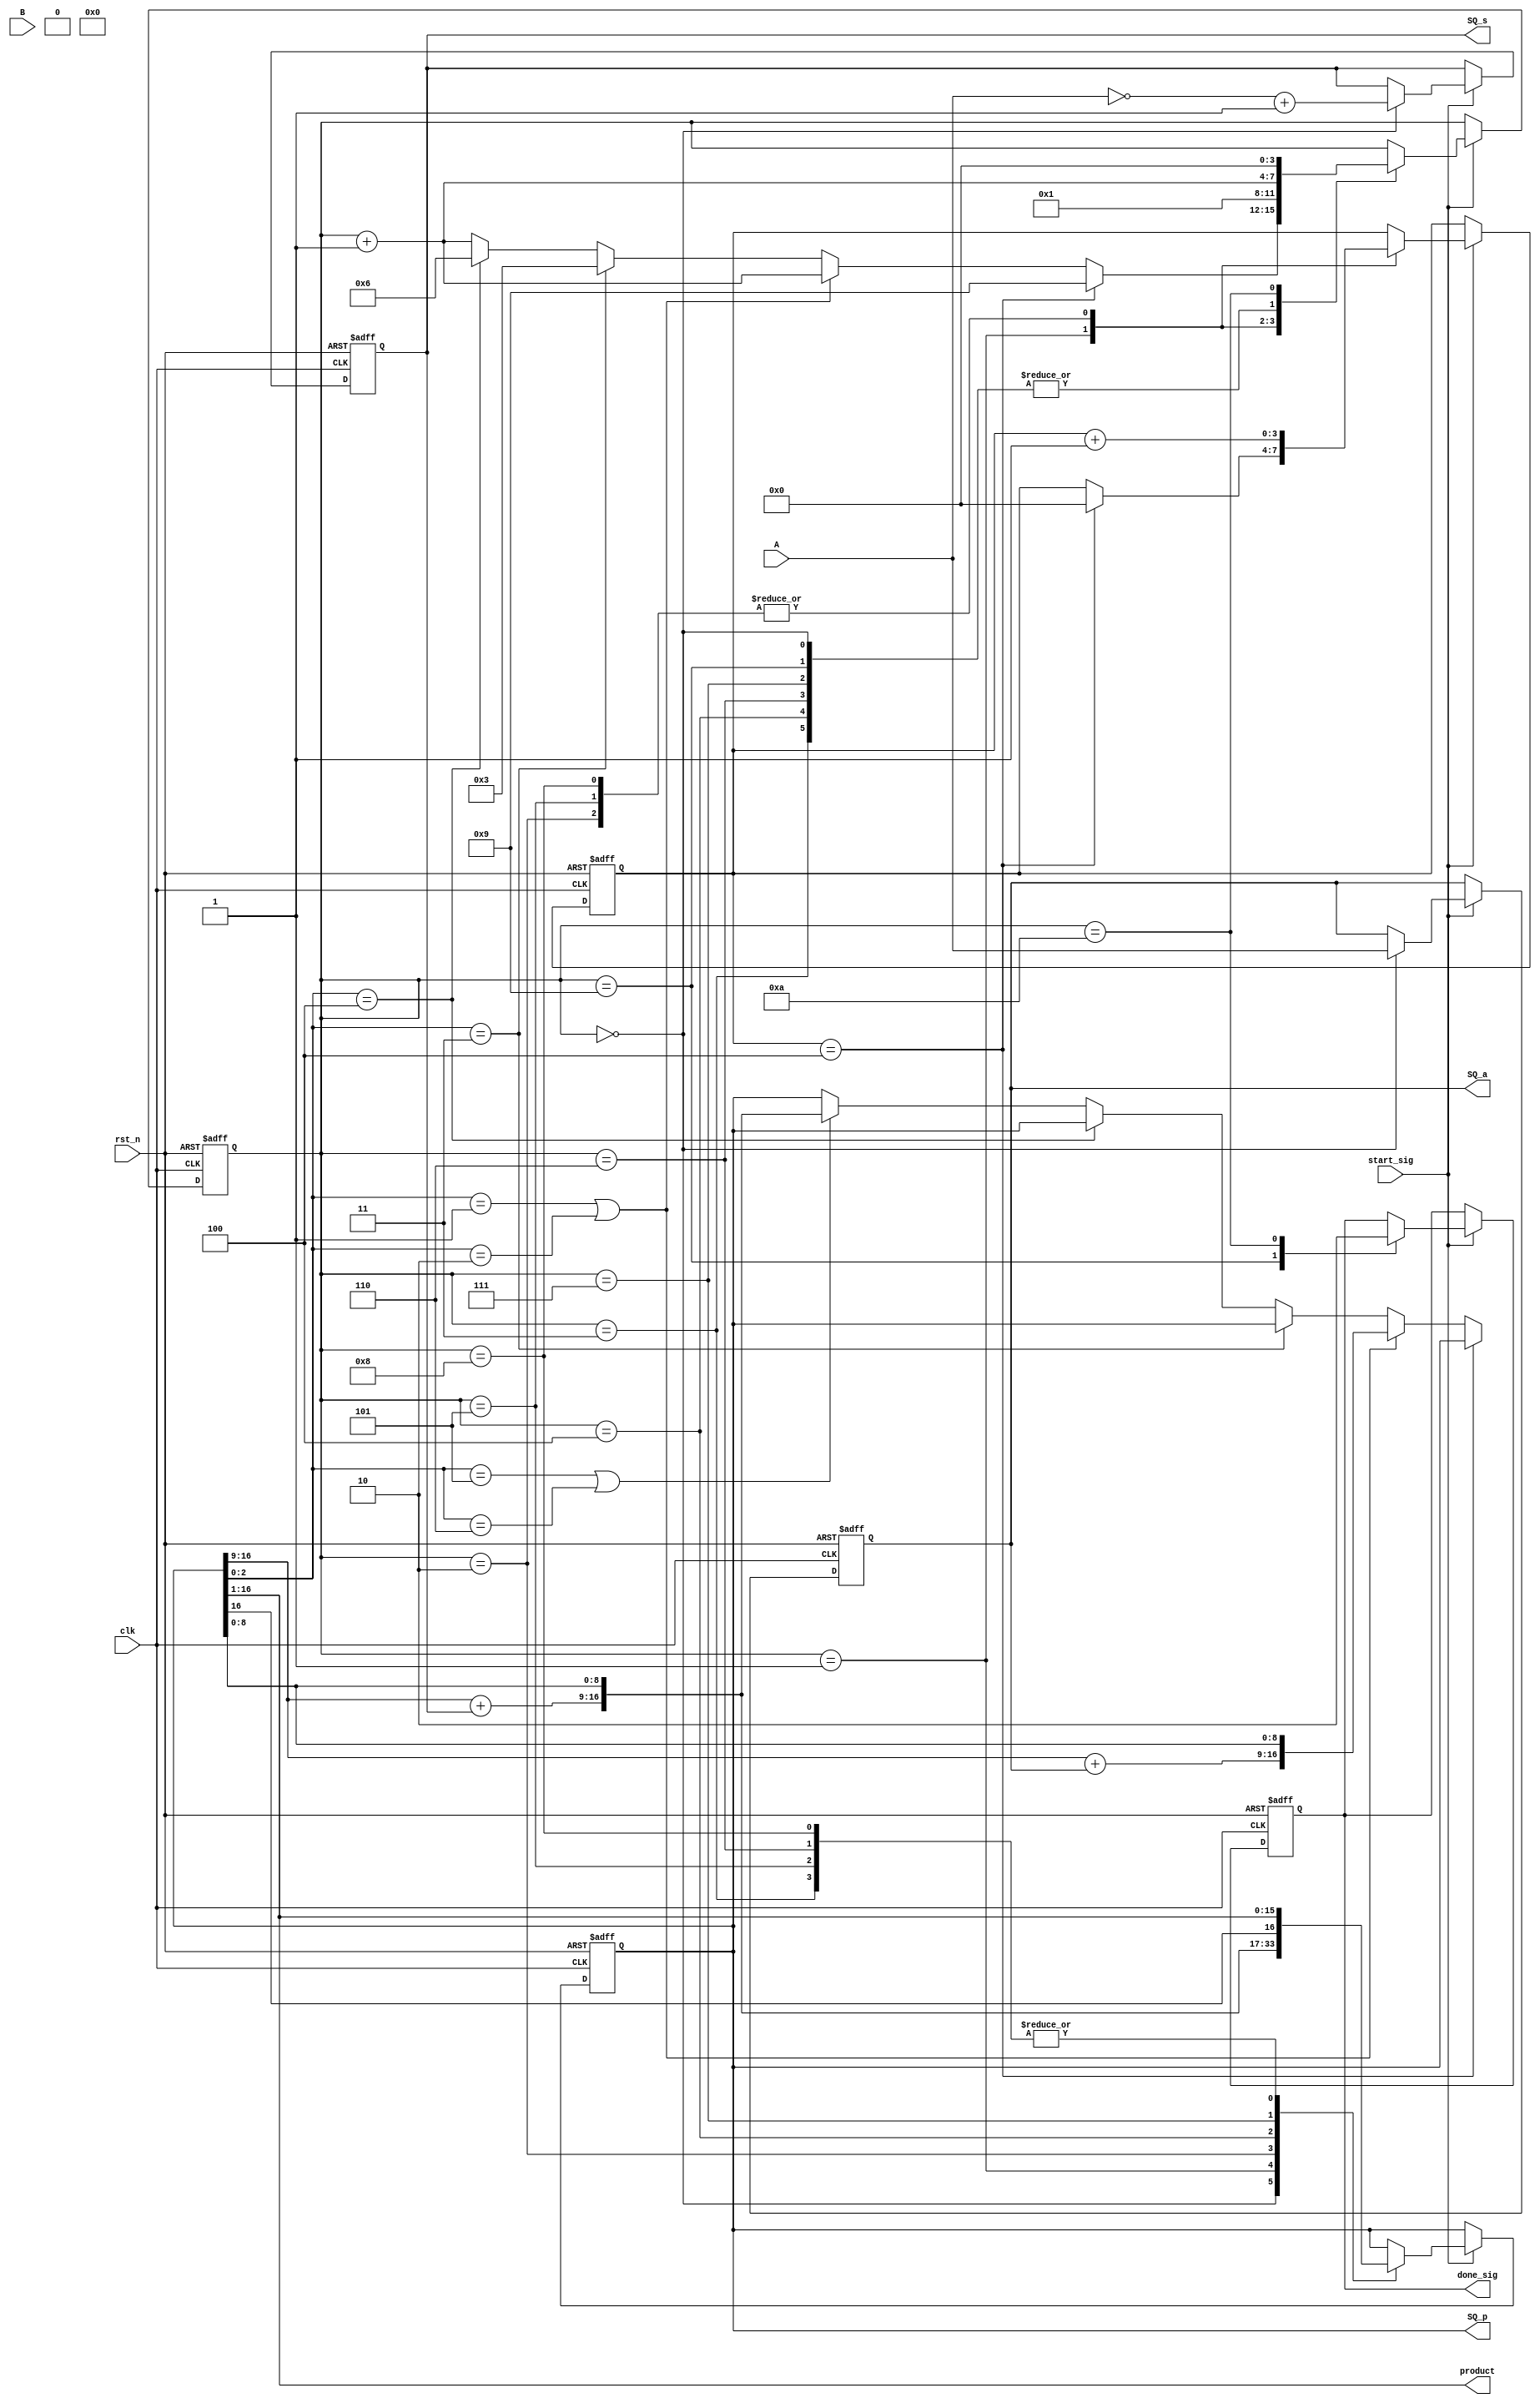


module modified_booth_module(
    clk,
    rst_n,
    
    start_sig,
    A,
    B,
    
    done_sig,
    product,
    
    SQ_a,
    SQ_s,
    SQ_p
    );
    
    input clk;
    input rst_n;
    
    input start_sig;
    input [7:0]A;
    input [7:0]B;
    
    output done_sig;
    output [15:0]product;
    
    //
    output [7:0]SQ_a;
    output [7:0]SQ_s;
    output [16:0]SQ_p;
    
    /***********************/
    
    reg [3:0]i;
    reg [7:0]a;
    reg [7:0]s;
    reg [16:0]p;
    reg [3:0]n;
    reg isDone;
    
    
    always @(posedge clk or negedge rst_n) begin
        if (!rst_n) begin
            i <= 4'd0;
            a <= 8'd0;
            s <= 8'd0;
            p <= 17'd0;
            n <= 4'd0;
            isDone <= 1'b0;
        end
        else if (start_sig)
            case(i)
                
                0:
                begin
                    a <= A;
                    s <= (~A + 1'b1);
                    p <= {8'd0, B, 1'b0};
                    i <= i + 1'b1;
                end
                
                1:
                if (n == 4) begin
                    n <= 4'd0;
                    i <= 4'd9;
                end
                else if (p[2:0] == 3'b001 || p[2:0] == 3'b010) begin
                    p <= {p[16:9]+a, p[8:0]}; //+
                    i <= i + 1'b1; //2--
                end
                else if (p[2:0] == 3'b011) begin
                    i <= 4'd3; //3
                end
                else if (p[2:0] == 3'b100) begin
                    i <= 4'd6; //6
                end
                else if (p[2:0] == 3'b101 || p[2:0] == 3'b110) begin
                    p <= {p[16:9]+s, p[8:0]}; //-
                    i <= i + 1'b1; //2--
                end
                else
                    i <= i + 1'b1; //2-- 
                
                //p
                2:
                begin
                    p <= {p[16], p[16], p[16:2]};
                    n <= n + 1'b1;
                    i <= 4'd1;
                end
                
                //  
                3:
                begin
                    p <= {p[16], p[16:1]}; //
                    i <= i + 1'b1;
                end
                
                4:
                begin
                    p <= {p[16:9]+a, p[8:0]}; //
                    i <= i + 1'b1;
                end
                
                5:
                begin
                    p <= {p[16], p[16:1]}; //
                    n <= n + 1'b1;
                    i <= 4'd1;
                end
                
                //  
                6:
                begin
                    p <= {p[16], p[16:1]}; //
                    i <= i + 1'b1;
                end
                
                7:
                begin
                    p <= {p[16:9]+s, p[8:0]}; //
                    i <= i + 1'b1;
                end
                
                8:
                begin
                    p <= {p[16], p[16:1]}; //
                    n <= n + 1'b1;
                    i <= 4'd1;
                end
                
                //done
                9:
                begin
                    isDone <= 1'b1;
                    i <= i + 1'b1;
                end
                
                10:
                begin
                    isDone <= 1'b0;
                    i <= 4'd0;
                end
                
            endcase
    end
    
    assign done_sig = isDone;
    assign product = p[16:1];
    
    assign SQ_a = a;
    assign SQ_s = s;
    assign SQ_p = p;
    
    
endmodule